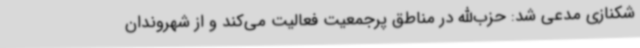
شکنازی مدعی شد: حزب‌الله در مناطق پرجمعیت فعالیت می‌کند و از شهروندان